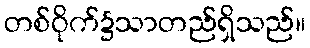
တစ်ဝိုက်၌သာတည်ရှိသည်။